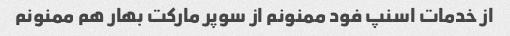
از خدمات اسنپ فود ممنونم از سوپر مارکت بهار هم ممنونم